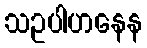
သဥပါဟနေန